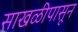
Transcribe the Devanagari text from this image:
साखळीपासून